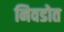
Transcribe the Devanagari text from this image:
निवडोत